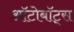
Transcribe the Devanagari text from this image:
ऑटोबॉट्स